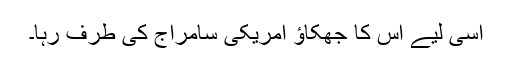
اسی لیے اس کا جھکاﺅ امریکی سامراج کی طرف رہا۔